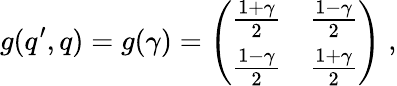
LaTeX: g(q^{\prime},q)=g(\gamma)=\left(\begin{array}{cc}{{\frac{1+\gamma}{2}}}&{{\frac{1-\gamma}{2}}}\\ {{\frac{1-\gamma}{2}}}&{{\frac{1+\gamma}{2}}}\end{array}\right)\; ,